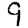
Digit: 9